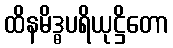
ထိနမိဒ္ဓပရိယုဋ္ဌိတော